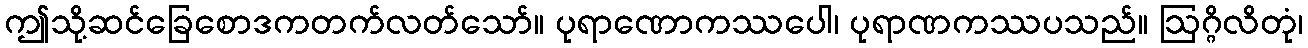
ဤသို့ဆင်ခြေစောဒကတက်လတ်သော်။ ပုရာဏောကဿပေါ၊ ပုရာဏကဿပသည်။ ဩဂ္ဂိလိတုံ၊